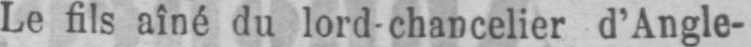
Le fils aîné du lord-chancelier d’Angle-